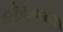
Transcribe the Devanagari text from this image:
कार्यकमावरी